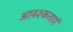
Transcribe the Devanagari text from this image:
आवश्कताएं